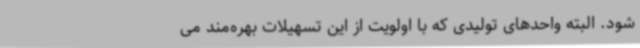
شود. البته واحدهای تولیدی که با اولویت از این تسهیلات بهره‌مند می